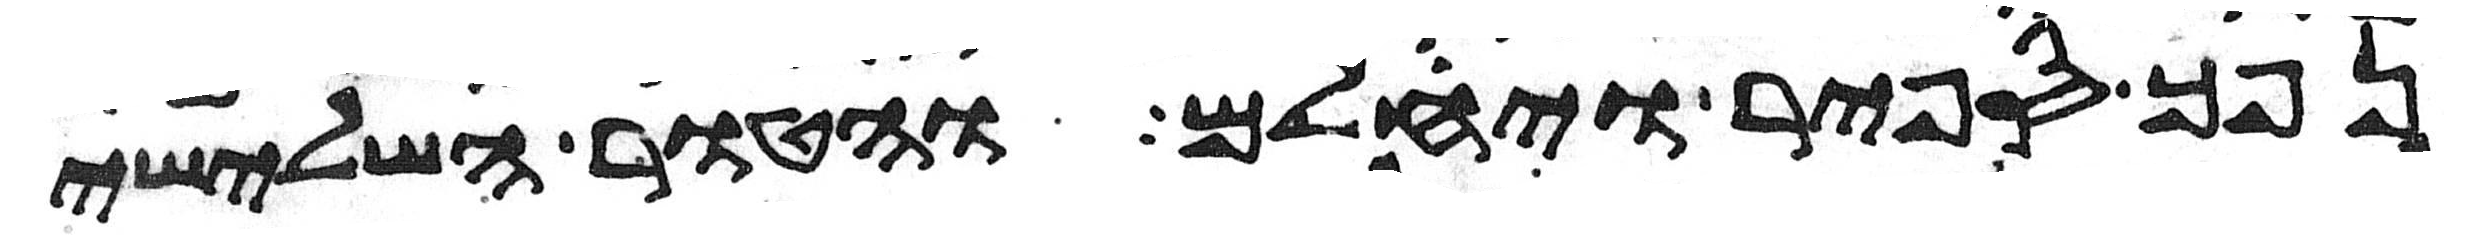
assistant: נפך ספיר ויחלם והטור השלישי